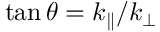
\tan \theta = k _ { \parallel } / k _ { \perp }